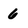
Character: 6